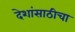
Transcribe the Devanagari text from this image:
देशांसाठीचा